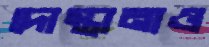
দোস্তানাও